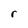
Character: r